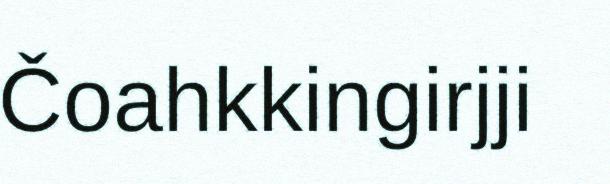
Čoahkkingirjji